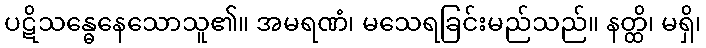
ပဋိသန္ဓေနေသောသူ၏။ အမရဏံ၊ မသေရခြင်းမည်သည်။ နတ္ထိ၊ မရှိ၊